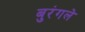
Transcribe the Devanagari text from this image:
बुरंगले